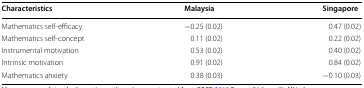
<table><thead><tr><td><b>Characteristics</b></td><td><b>Malaysia</b></td><td><b>Singapore</b></td></tr></thead><tbody><tr><td>Mathematics self-efficacy</td><td>−0.25 (0.02)</td><td>0.47 (0.02)</td></tr><tr><td>Mathematics self-concept</td><td>0.11 (0.02)</td><td>0.22 (0.02)</td></tr><tr><td>Instrumental motivation</td><td>0.53 (0.02)</td><td>0.40 (0.02)</td></tr><tr><td>Intrinsic motivation</td><td>0.91 (0.02)</td><td>0.84 (0.02)</td></tr><tr><td>Mathematics anxiety</td><td>0.38 (0.03)</td><td>−0.10 (0.03)</td></tr></tbody></table>